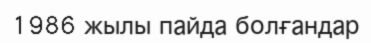
1986 жылы пайда болғандар